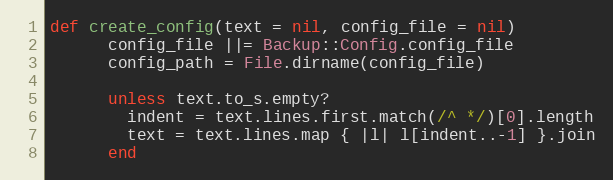
Language: Ruby
def create_config(text = nil, config_file = nil)
      config_file ||= Backup::Config.config_file
      config_path = File.dirname(config_file)

      unless text.to_s.empty?
        indent = text.lines.first.match(/^ */)[0].length
        text = text.lines.map { |l| l[indent..-1] }.join
      end